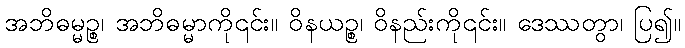
အဘိဓမ္မဉ္စ၊ အဘိဓမ္မာကို၎င်း။ ဝိနယဉ္စ၊ ဝိနည်းကို၎င်း။ ဒေဿတွာ၊ ပြ၍။